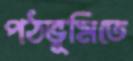
পঠভূমিতে